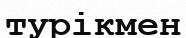
турікмен